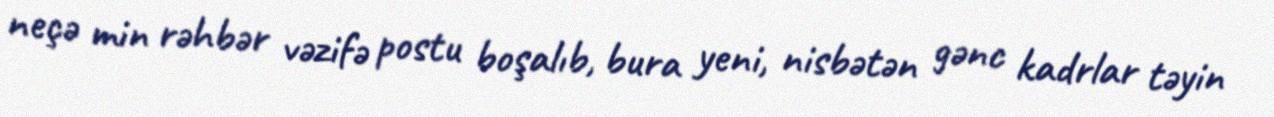
neçə min rəhbər vəzifə postu boşalıb, bura yeni, nisbətən gənc kadrlar təyin